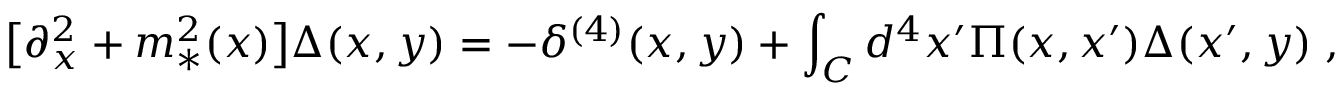
\big [ \partial _ { x } ^ { 2 } + m _ { * } ^ { 2 } ( x ) \big ] \Delta ( x , y ) = - \delta ^ { ( 4 ) } ( x , y ) + \int _ { C } d ^ { 4 } x ^ { \prime } \Pi ( x , x ^ { \prime } ) \Delta ( x ^ { \prime } , y ) \; ,